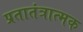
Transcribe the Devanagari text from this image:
प्रतातंत्रात्मक